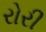
રોરી